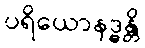
ပရိယောနဒ္ဓန္တိ